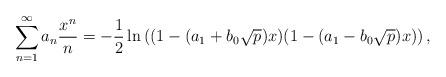
LaTeX: \begin{align*} \sum_{n=1}^\infty a_n\frac{x^n}{n}&= -\dfrac{1}{2} \ln \left( (1-(a_1+ b_0\sqrt{p})x)(1-(a_1- b_0\sqrt{p})x)\right), \end{align*}